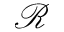
{ \mathcal R }